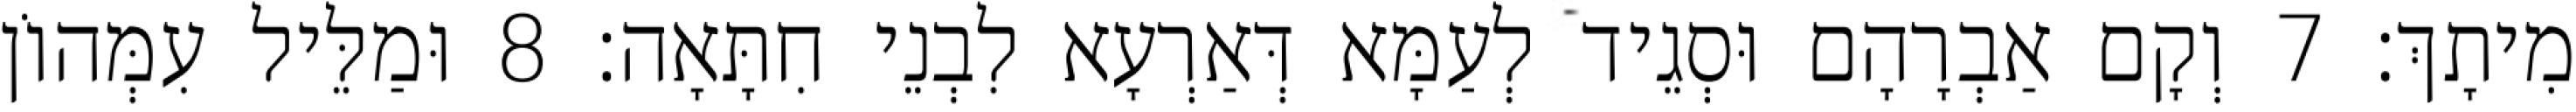
מִיתָךְ׃ 7 וְקָם אַבְרָהָם וּסְגֵיד לְעַמָּא דְּאַרְעָא לִבְנֵי חִתָּאָה׃ 8 וּמַלֵּיל עִמְּהוֹן